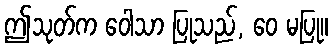
ဤသုတ်က ဝေါသာ ပြုသည်, ဝေ မပြု။